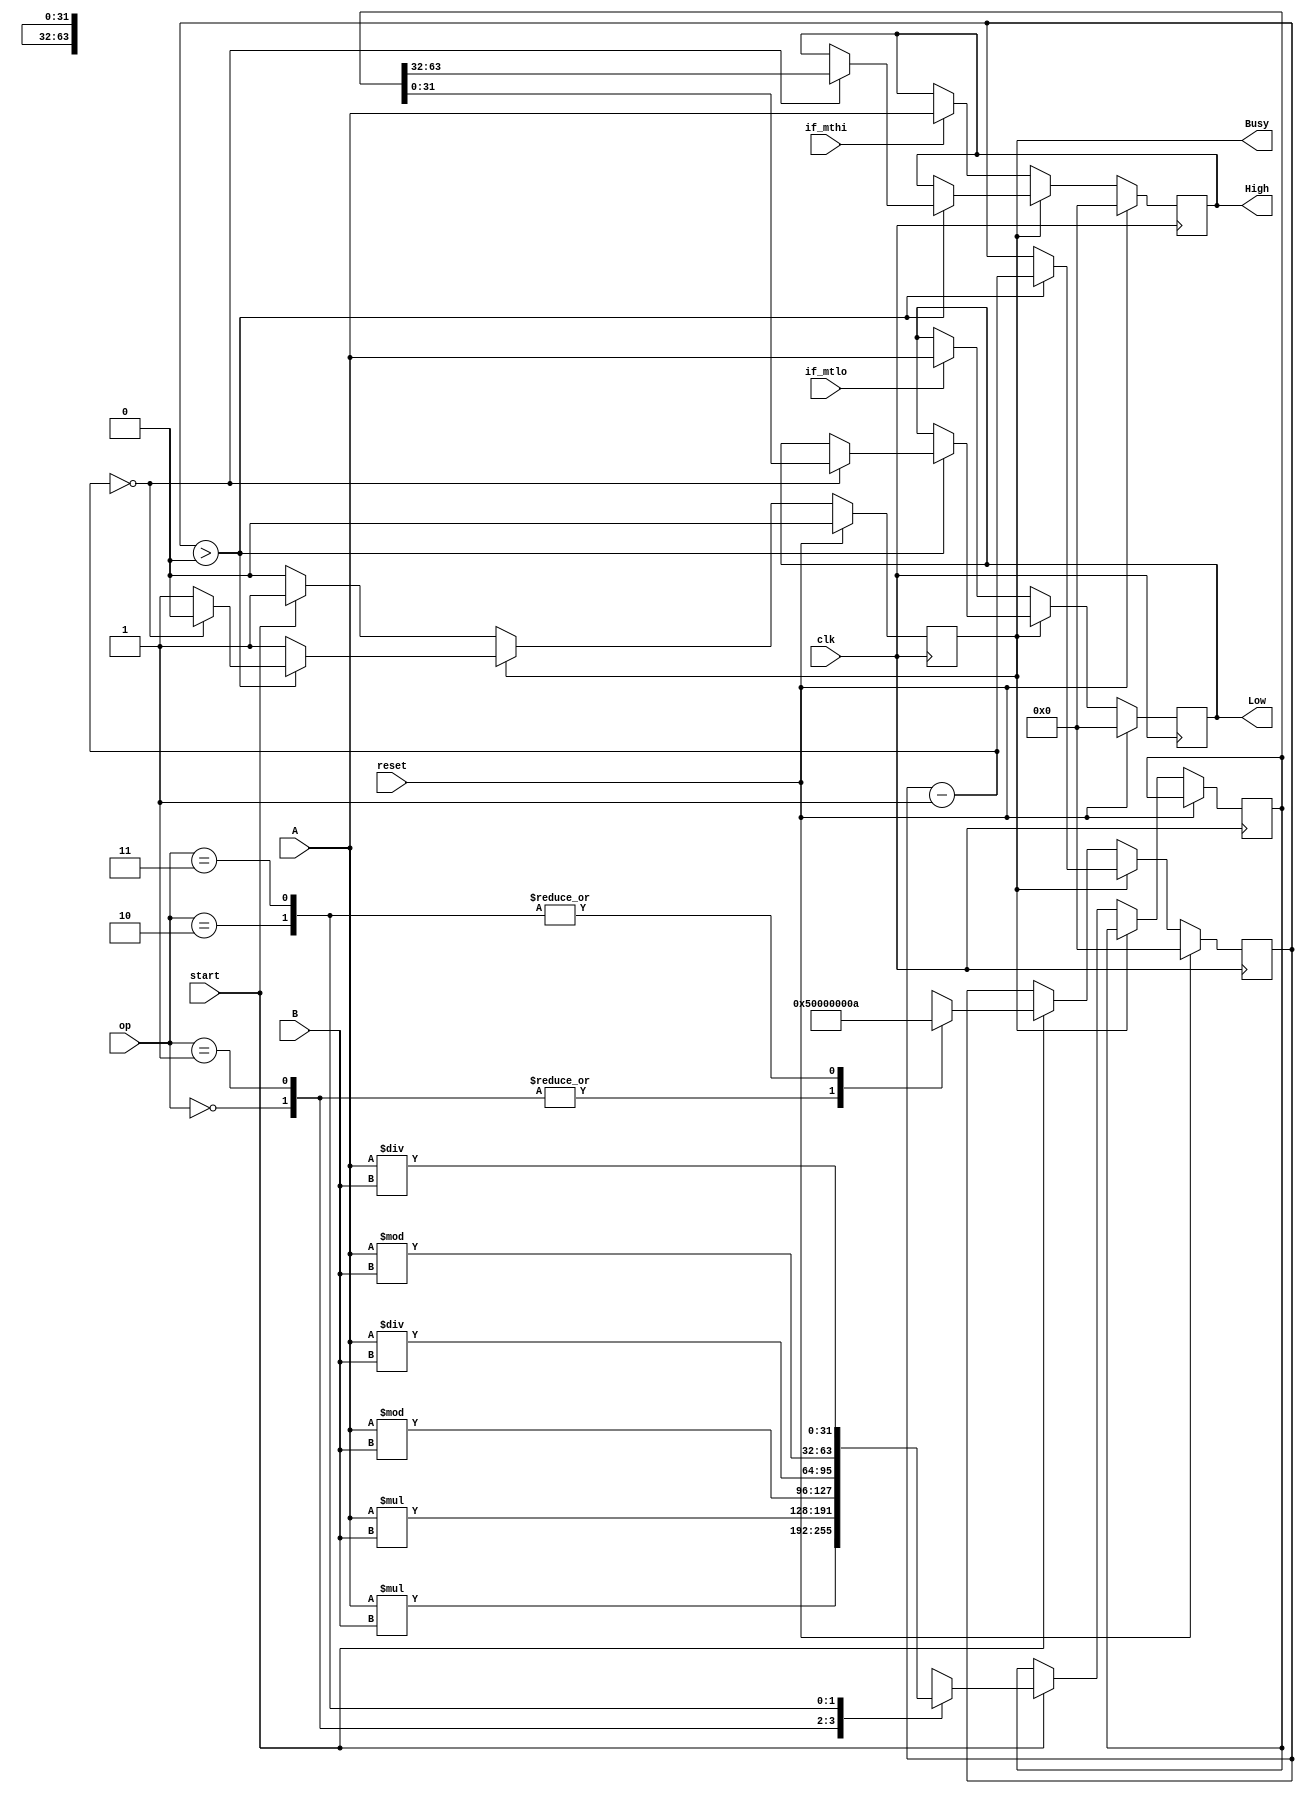
`timescale 1ns / 1ps
//////////////////////////////////////////////////////////////////////////////////
// Company: 
// Engineer: 
// 
// Design Name: 
// Module Name:    Mult_Div 
// Project Name: 
// Target Devices: 
// Tool versions: 
// Description: 
//
// Dependencies: 
//
// Revision: 
// Revision 0.01 - File Created
// Additional Comments: 
//
//////////////////////////////////////////////////////////////////////////////////
module Mult_Div(
	 input clk,
	 input reset,
    input [31:0] A,
    input [31:0] B,
	 input [1:0] op,
	 input start,
	 input if_mthi,
	 input if_mtlo,
    output reg Busy,
    output [31:0] High,
    output [31:0] Low
    );
	reg [31:0] Hi;
	reg [31:0] Lo;
	assign High = Hi;
	assign Low = Lo;
	reg[31:0] cycles;
	reg [63:0] tmp;
	
	initial begin
		Hi<=0;
		Lo<=0;
		cycles=0;
		Busy<=0;
	end
	
	always@(posedge clk) begin
		if(reset) begin
			Hi<=0;
			Lo<=0;
			cycles=0;
			Busy<=0;
		end
		else if(!Busy) begin
			if(start) begin
				case(op)
					2'b00: begin//mult
						tmp<=$signed(A)*$signed(B);
						cycles=5;
					end
					2'b01: begin//multu
						tmp<=A*B;
						cycles=5;
					end
					2'b10: begin//div
						tmp<={$signed(A)%$signed(B),$signed(A)/$signed(B)};
						cycles=10;
					end
					2'b11: begin//divu
						tmp<={A%B,A/B};
						cycles=10;
					end
				endcase
				Busy<=1;
			end
			if(if_mthi) begin
				Hi<=A;
			end
			if(if_mtlo) begin
				Lo<=A;
			end
		end
		else if(Busy) begin
			if(cycles>0) begin
				cycles=cycles-1;
				if(cycles==0) begin
					{Hi,Lo}<=tmp;
					Busy<=0;
				end
			end
		end
	end
endmodule